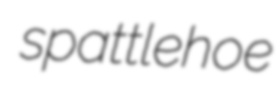
spattlehoe